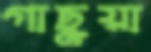
গাছুয়া